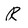
Character: R